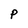
Character: P